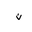
Letter: _non